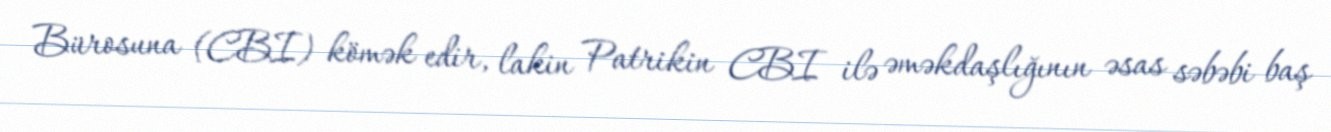
Bürosuna (CBI) kömək edir, lakin Patrikin CBI ilə əməkdaşlığının əsas səbəbi baş